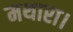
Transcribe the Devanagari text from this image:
मथारा।